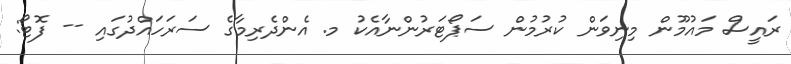
ރައީސް މައުމޫން މިނިވަން ކުރުމުން ސަޕޯޓަރުންނާއެކު މ. އެންދެރިމާގެ ސަރަހައްދުގައި -- ފޮޓޯ: